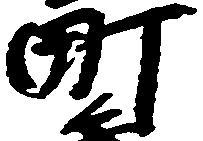
町